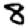
Digit: 8